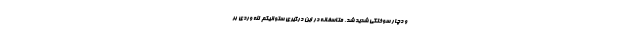
و دچار سوختگی شدید شد. متاسفانه در این درگیری ستوانیکم الله وردی بر